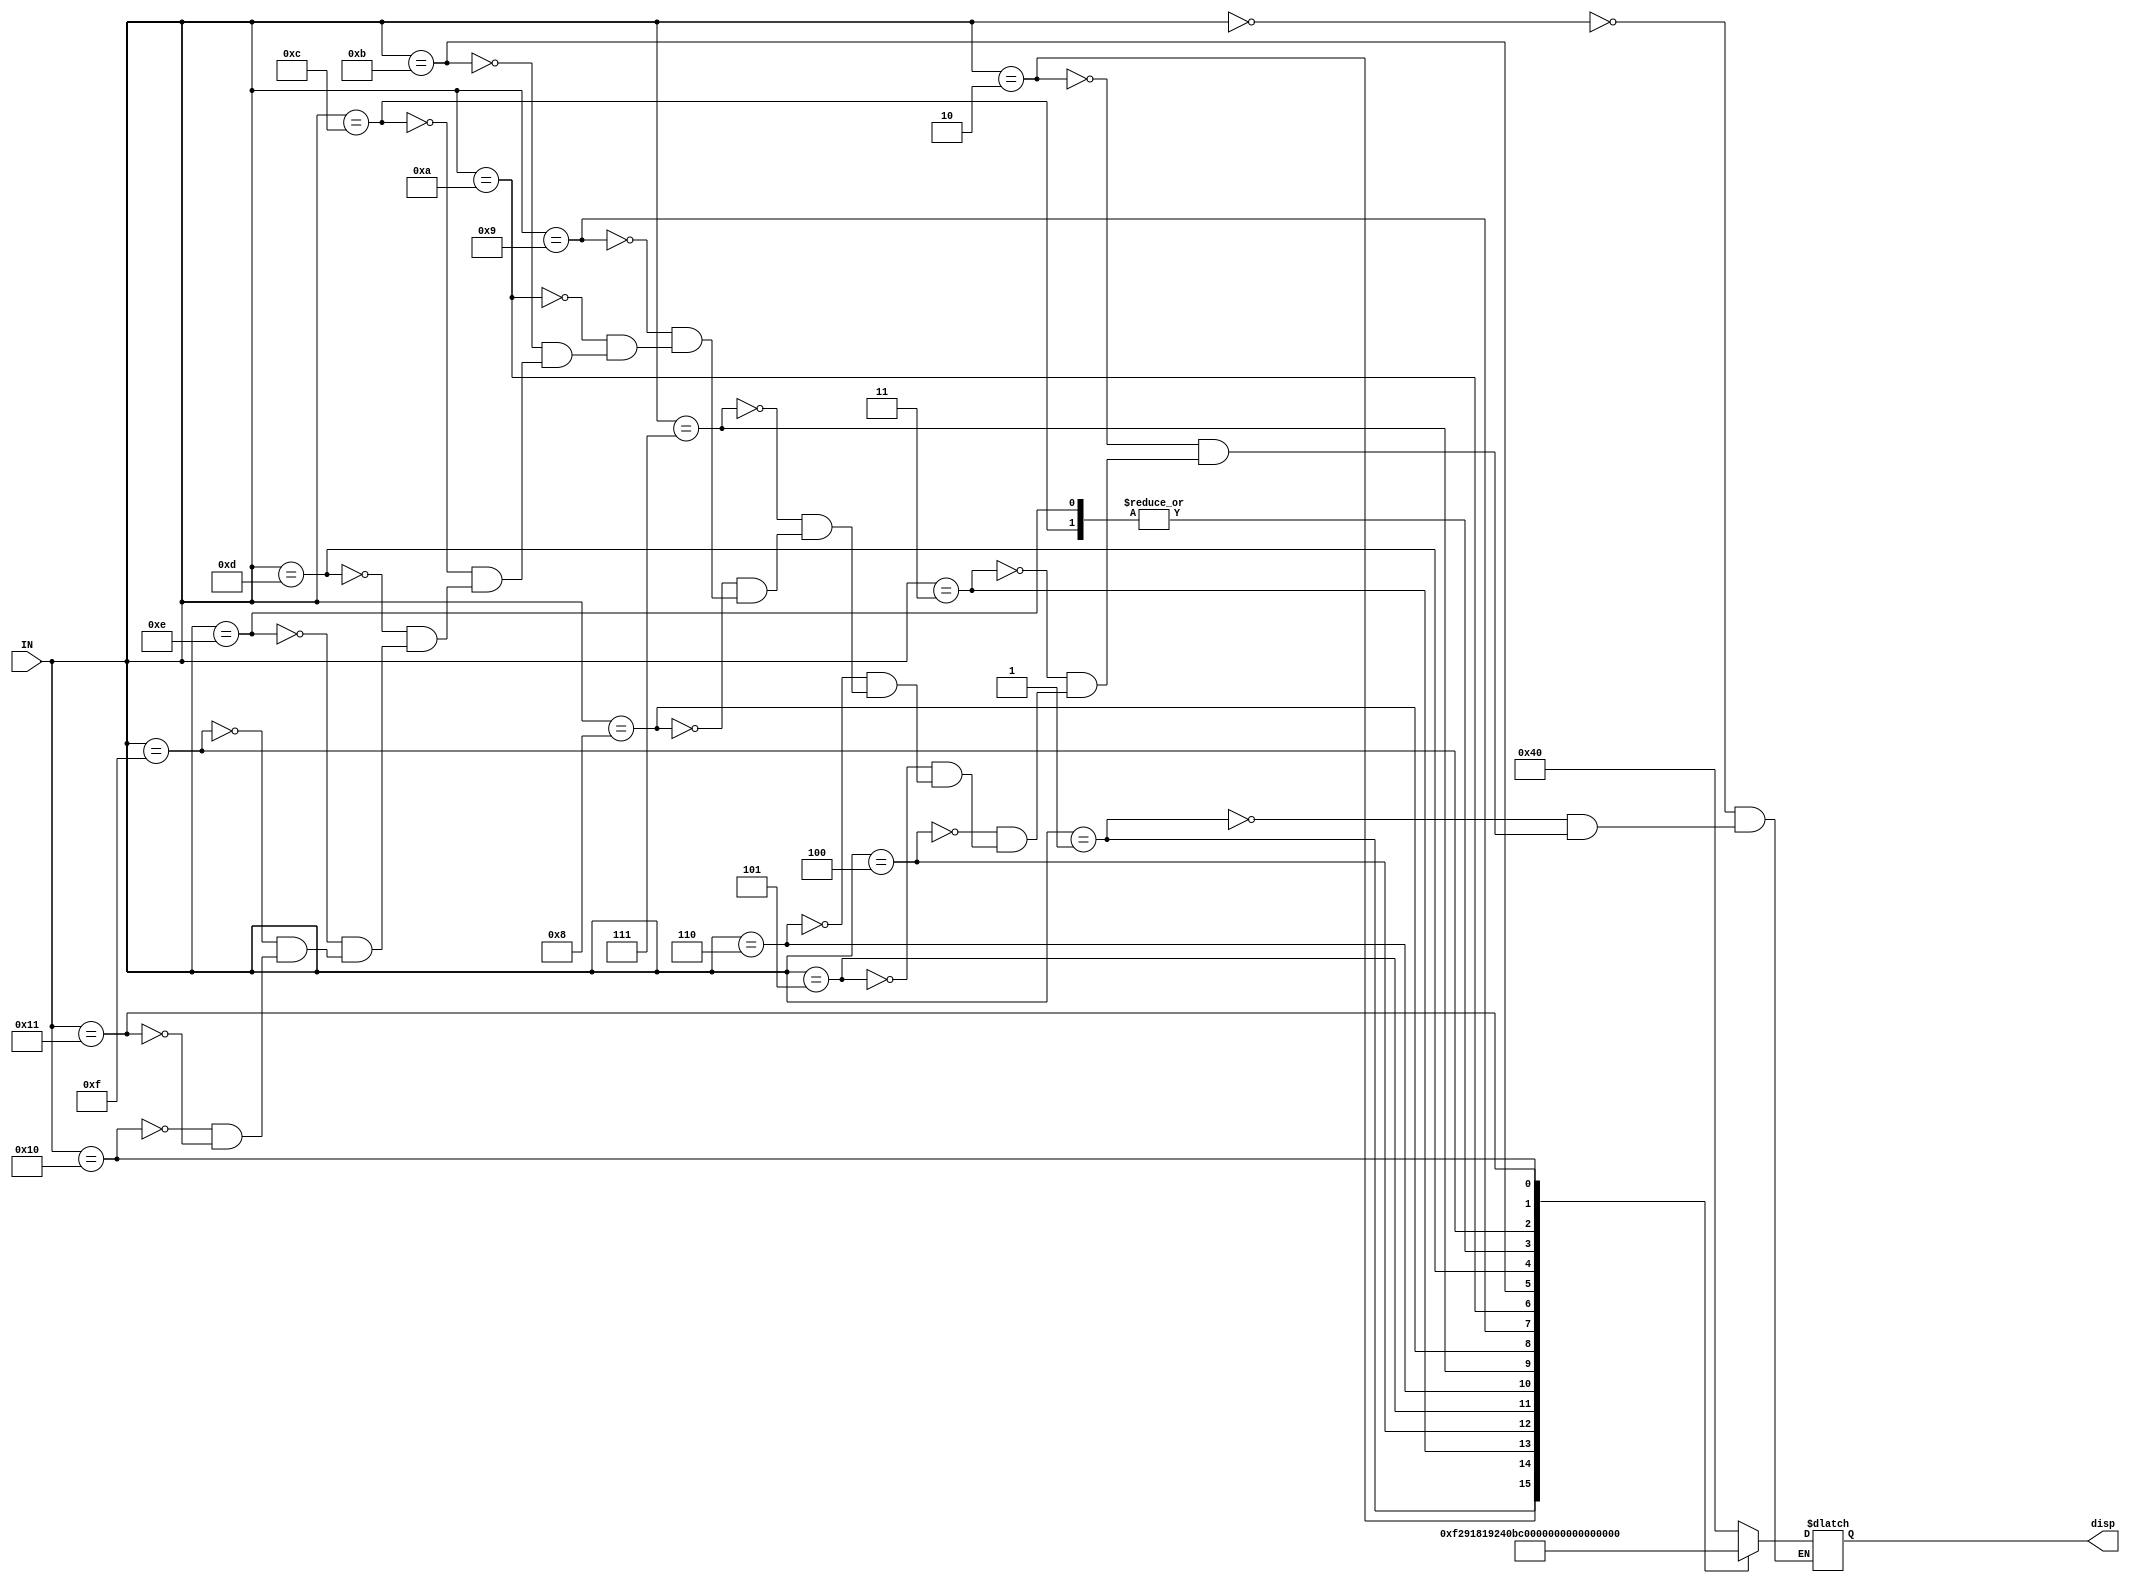
module SevenMod(IN, disp);
input [4:0] IN;
output [6:0] disp; 

reg [6:0] disp;

always @ (IN)
begin
	case (IN)
		5'b00000 : disp = 7'b1000000;
		5'b00001 : disp = 7'b1111001;
		5'b00010 : disp = 7'b0100100;
		5'b00011 : disp = 7'b0110000;
		5'b00100 : disp = 7'b0011001;
		5'b00101 : disp = 7'b0010010;
		5'b00110 : disp = 7'b0000010;
		5'b00111 : disp = 7'b1111000;
		5'b01000 : disp = 7'b0000000;
		5'b01001 : disp = 7'b0010000;
		5'b01010 : disp = 7'b0001000;
		5'b01011 : disp = 7'b0000011;
		5'b01100 : disp = 7'b0000110;
		5'b01101 : disp = 7'b0100001;
		5'b01110 : disp = 7'b0000110;
		5'b01111 : disp = 7'b0001110;
		5'b10000 : disp = 7'b0001001; // displays H
		5'b10001 : disp = 7'b1111111; // displays blank
	endcase
end
endmodule